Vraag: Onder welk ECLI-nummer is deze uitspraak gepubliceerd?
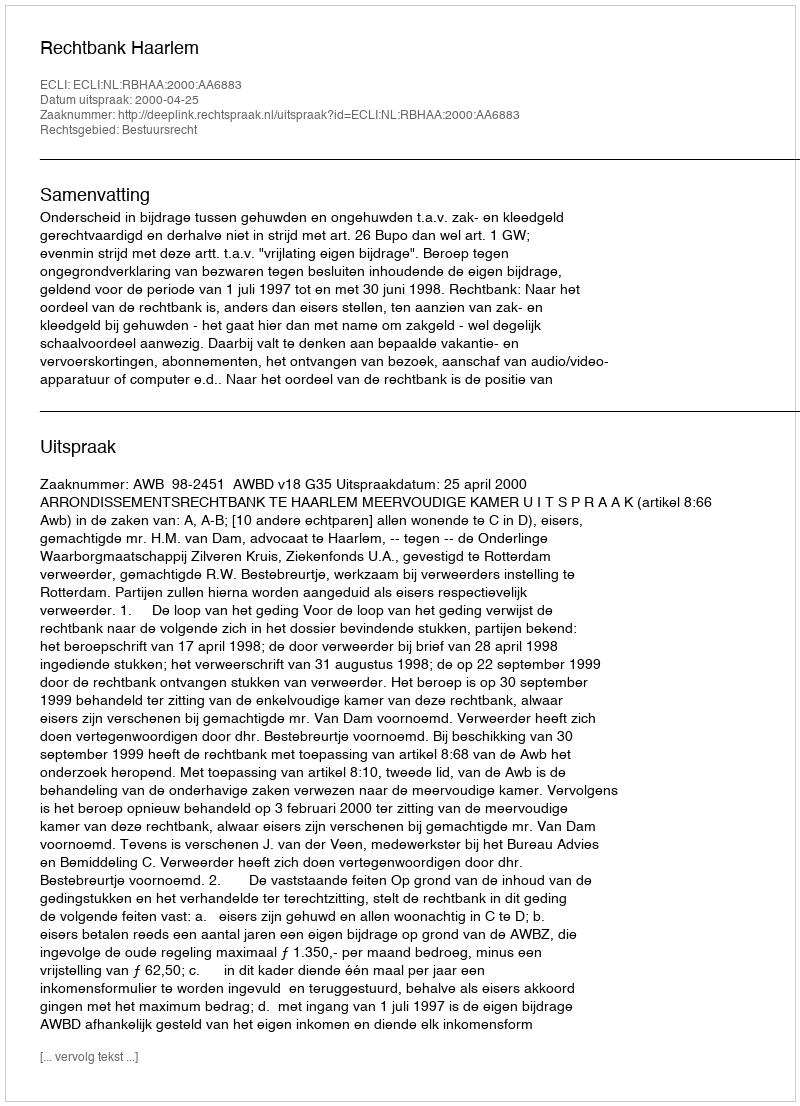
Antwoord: ECLI:NL:RBHAA:2000:AA6883